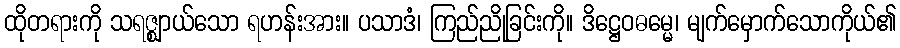
ထိုတရားကို သရဇ္ဈာယ်သော ရဟန်းအား။ ပသာဒံ၊ ကြည်ညိုခြင်းကို။ ဒိဋ္ဌေဝဓမ္မေ၊ မျက်မှောက်သောကိုယ်၏